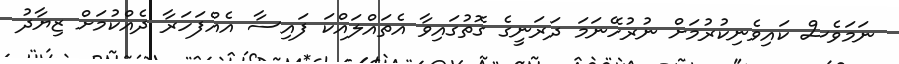
ނަމަަވެސް ކައިވެނިކުރުމަށް ނުރުހޭނަމަަ ދަރަަނީގެ ގޮތުގައިވާ އެތައްލައްކަ ފައިސާ އެއްފަހަރާ ދެއްކުމަށް ޒިޔާދު